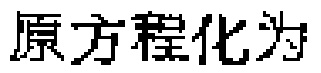
原方程化为